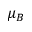
\mu _ { B }